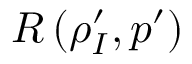
R \left( \rho _ { I } ^ { \prime } , p ^ { \prime } \right)